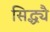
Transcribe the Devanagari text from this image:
सिद्ध्यै